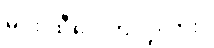
မင်း ထီပေါက်လို့လား။